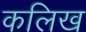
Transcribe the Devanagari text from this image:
कलिख